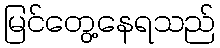
မြင်တွေ့နေရသည်